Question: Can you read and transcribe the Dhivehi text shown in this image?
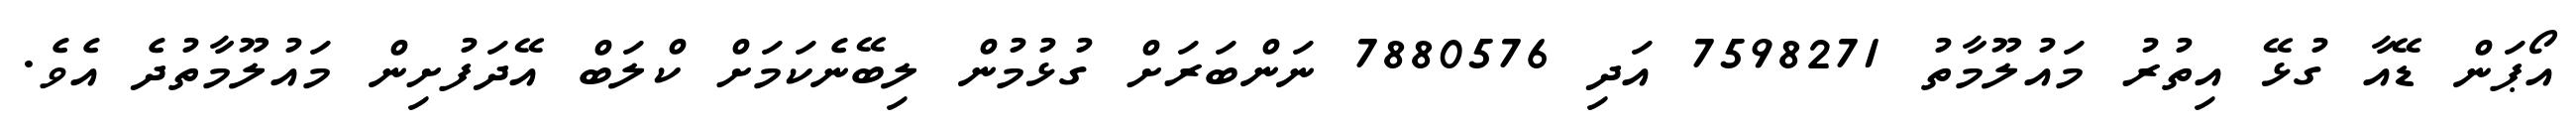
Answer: އޯޕަން ޑޭއާ ގުޅޭ އިތުރު މައުލޫމާތު 7598271 އަދި 7880576 ނަންބަރަށް ގުޅުމުން ލިބޭނެކަމަށް ކްލަބް އޭދަފުށިން މައުލޫމާތުދެ އެވެ.